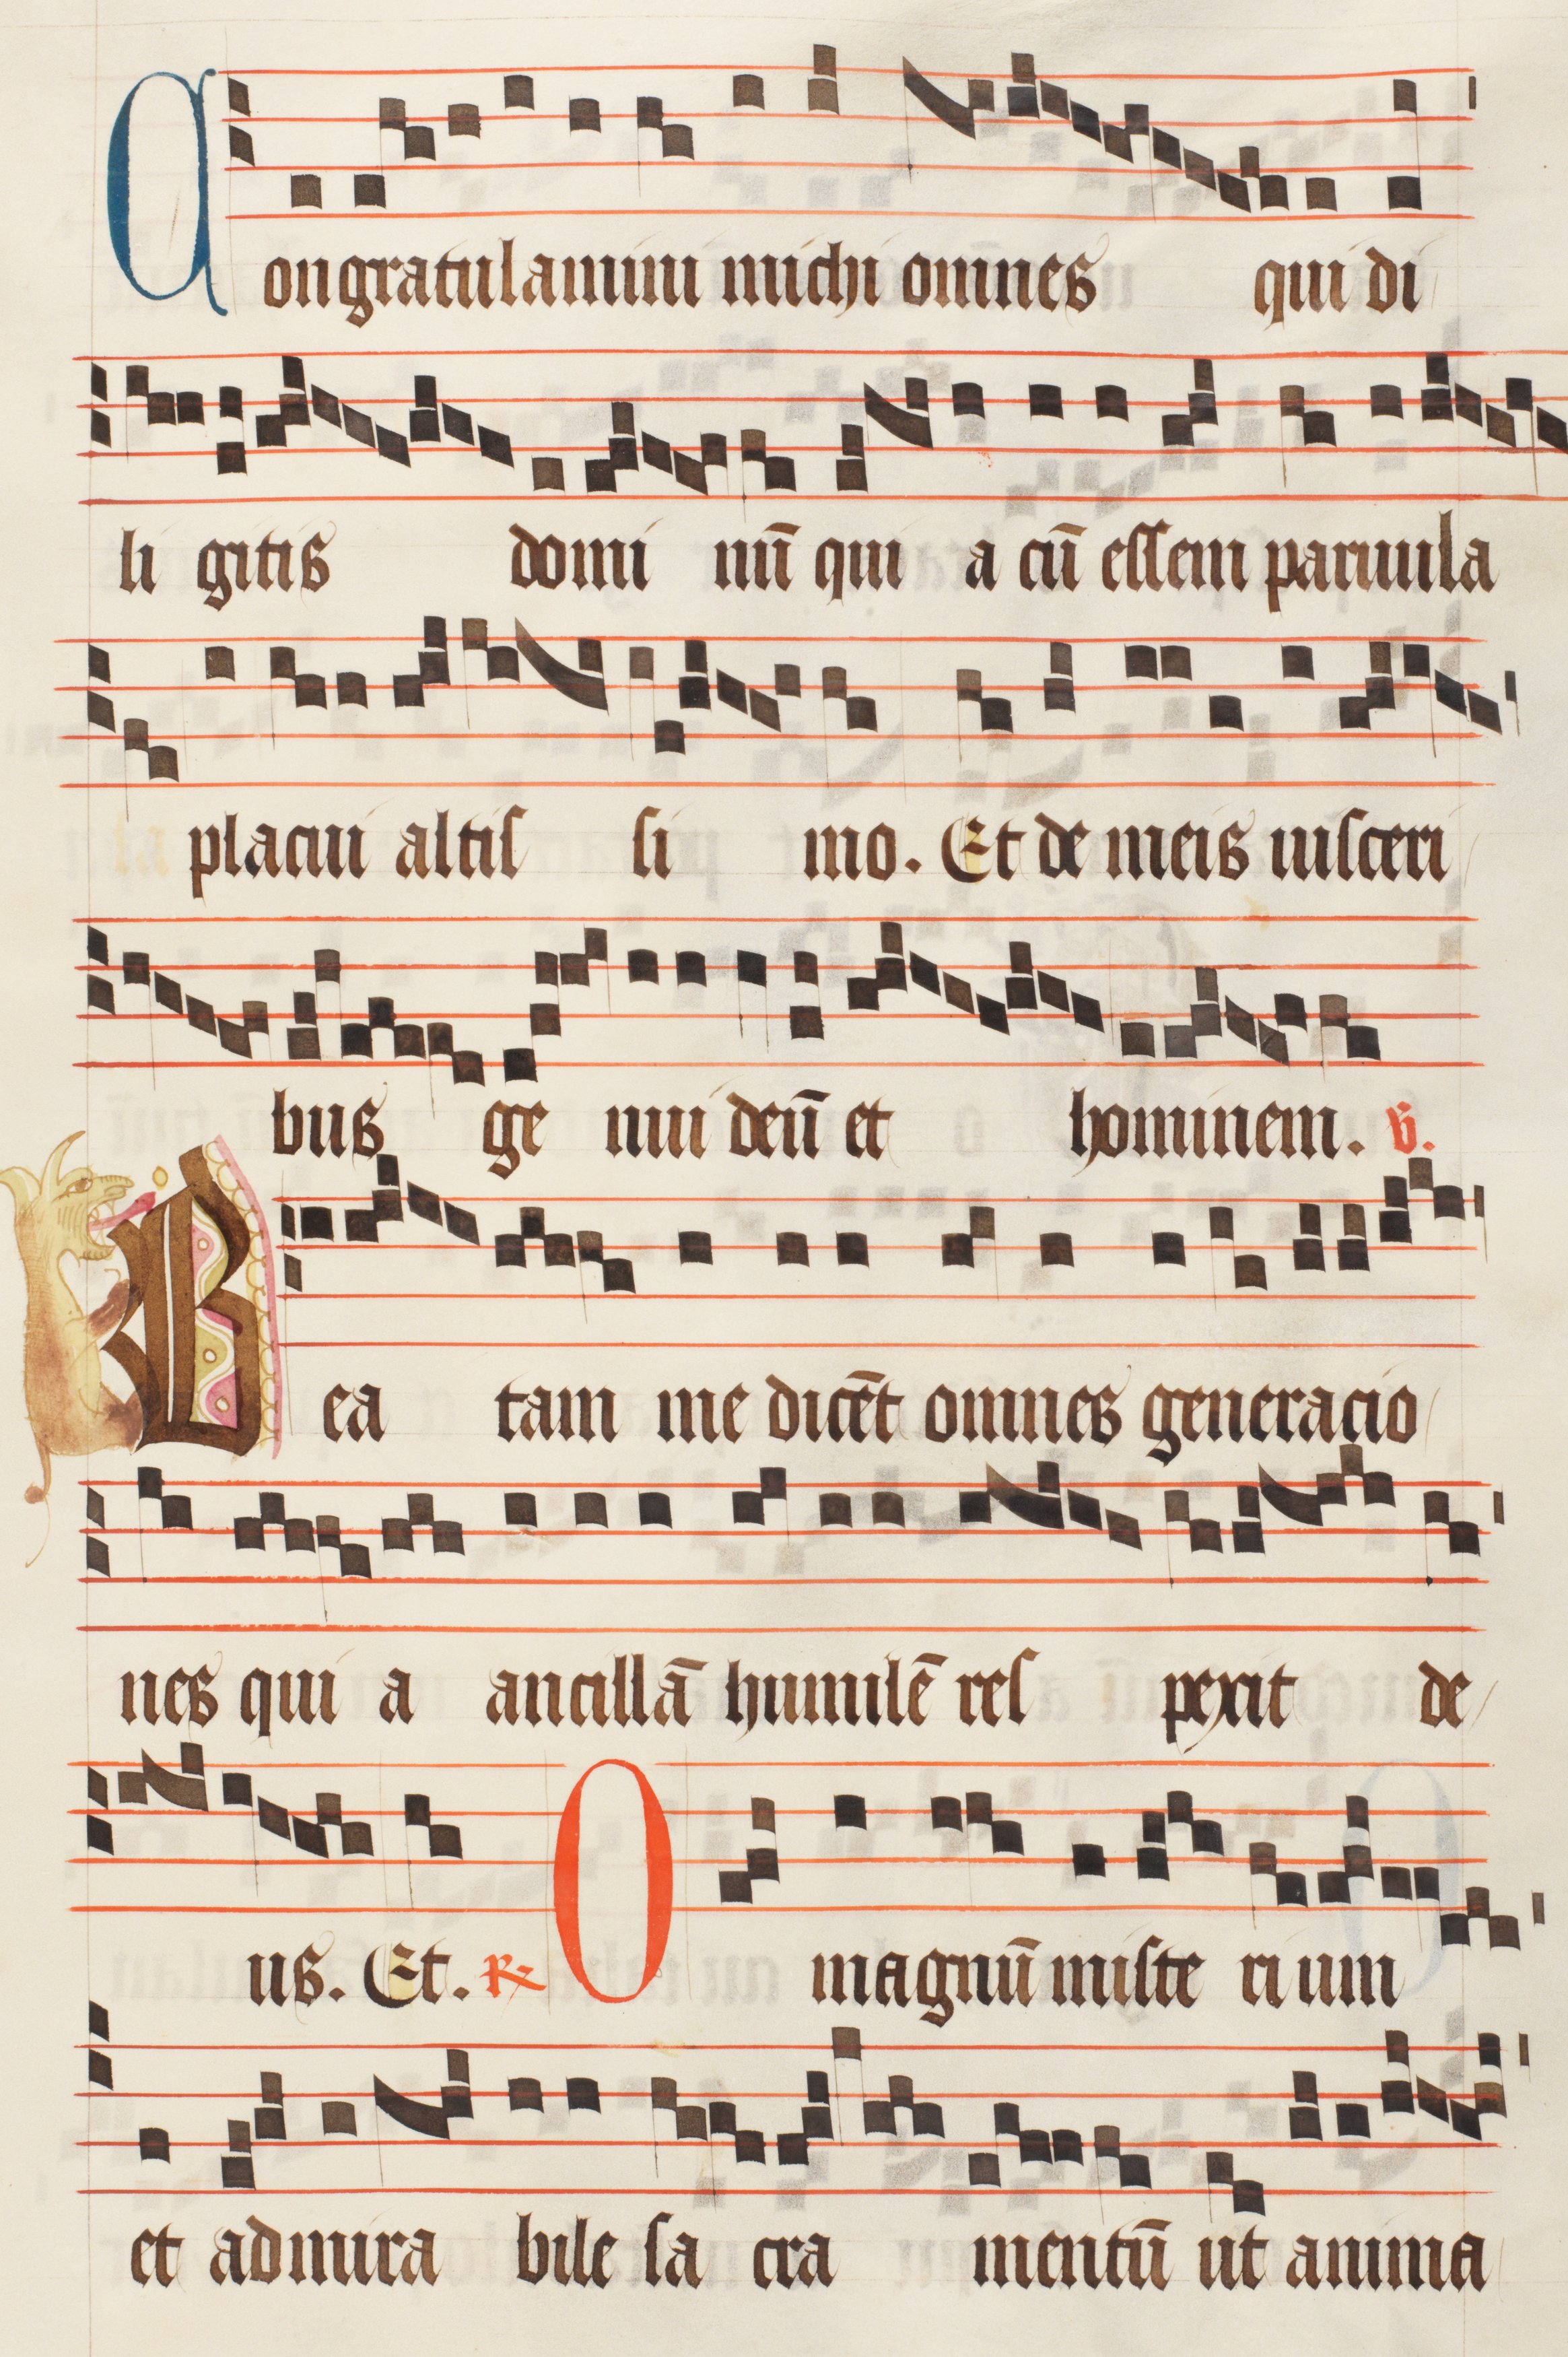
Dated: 1474–1505